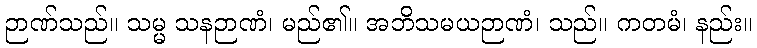
ဉာဏ်သည်။ သမ္မ သနဉာဏံ၊ မည်၏။ အဘိသမယဉာဏံ၊ သည်။ ကတမံ၊ နည်း။